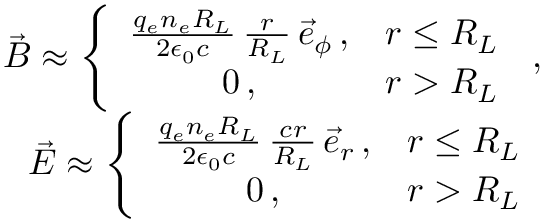
\begin{array} { r l r } & { } & { \vec { B } \approx \left\{ \begin{array} { c c } { \frac { q _ { e } n _ { e } R _ { L } } { 2 \epsilon _ { 0 } c } \, \frac { r } { R _ { L } } \, \vec { e } _ { \phi } \, , } & { r \le R _ { L } } \\ { 0 \, , } & { r > R _ { L } } \end{array} \right. \, , } \\ & { } & { \vec { E } \approx \left\{ \begin{array} { c c } { \frac { q _ { e } n _ { e } R _ { L } } { 2 \epsilon _ { 0 } c } \, \frac { c r } { R _ { L } } \, \vec { e } _ { r } \, , } & { r \le R _ { L } } \\ { 0 \, , } & { r > R _ { L } } \end{array} \right. } \end{array}